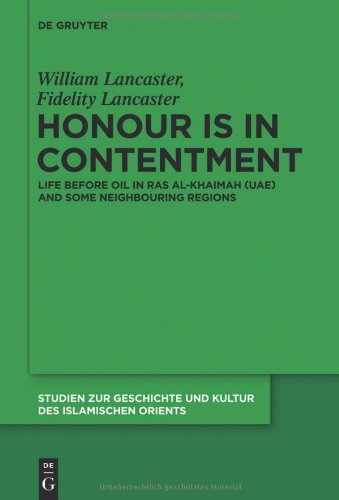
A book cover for Honour is in Contentment: Life Before Oil in Ras Al-Khaimah (UAE) and Some Neighbouring Regions (Studien Zur Geschichte Und Kultur Des Islamischen Orients); William Lancaster; History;